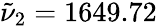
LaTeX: \tilde{\nu}_{2}=1649.72